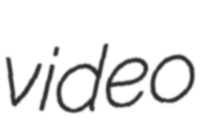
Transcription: video